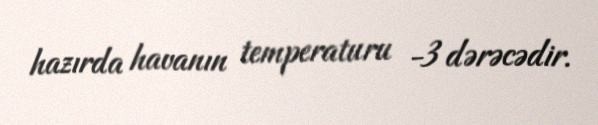
hazırda havanın temperaturu -3 dərəcədir.